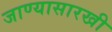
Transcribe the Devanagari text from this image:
जाण्यासारखी